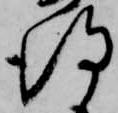
得